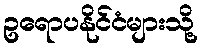
ဥရောပနိုင်ငံများသို့